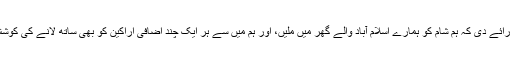
فخر نے رائے دی کہ ہم شام کو ہمارے اسلام آباد والے گھر میں ملیں، اور ہم میں سے ہر ایک چند اضافی اراکین کو بھی ساتھ لانے کی کوشش کرے۔